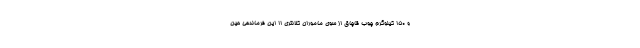
و ۱۵۰ کیلوگرم چوب قاچاق از سوی ماموران کلانتری ۱۱ این فرماندهی حین